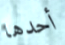
أحدها